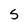
Character: S